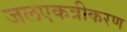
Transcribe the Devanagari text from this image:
जलएकत्रीकरण